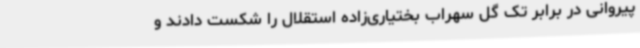
پیروانی در برابر تک گل سهراب بختیاری‌زاده استقلال را شکست دادند و